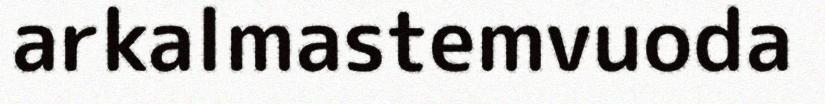
arkalmastemvuoda